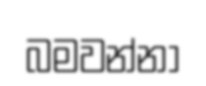
බමවන්නා